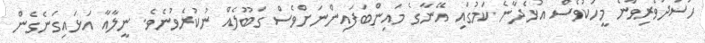
ހަސަދަވެރިވާނެ މީހަކުވެސް އުޅެދާނެ ކަމުގައި އޭނާގެ މައިންބަފައިންނަށްވެސް ގަބޫލެއް ނުކުރެވުނެވެ. ނީލާއާ އަޅައިގަނެގެން